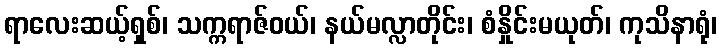
ရာလေးဆယ့်ရှစ်၊ သက္ကရာဇ်ဝယ်၊ နယ်မလ္လာတိုင်း၊ စံနှိုင်းမယုတ်၊ ကုသိနာရုံ၊